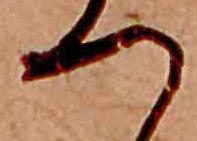
つ